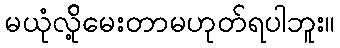
မယုံလို့်မေးတာမဟုတ်ရပါဘူး။